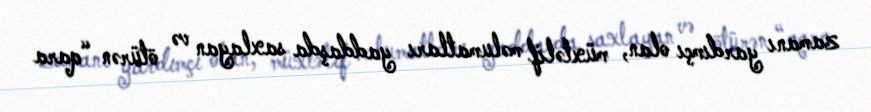
zamanı yardımçı olan, müxtəlif məlumatları yaddaşda saxlayan və ötürən “qara